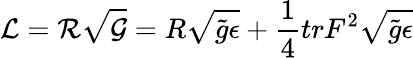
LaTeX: {\cal L}={\cal R}\sqrt{\cal G}={R}\sqrt{\tilde{g}\epsilon}+\frac{1}{4}tr{F}^{2}\sqrt{\tilde{g}\epsilon}